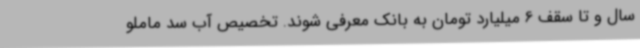
سال و تا سقف 6 میلیارد تومان به بانک معرفی شوند. تخصیص آب سد ماملو